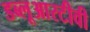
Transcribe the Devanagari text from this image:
डब्लूआरटीवी